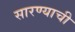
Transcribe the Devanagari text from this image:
सारण्याची